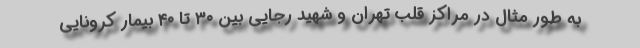
به طور مثال در مراکز قلب تهران و شهید رجایی بین ۳۰ تا ۴۰ بیمار کرونایی